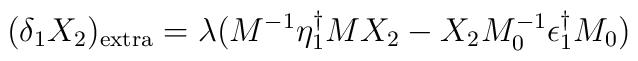
(\delta_1 X_2)_{\rm extra} = \lambda(M^{-1} \eta_1^\dagger MX_{2}-X_2 M_0^{-1}\epsilon_1^{\dagger} M_0)